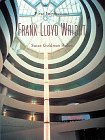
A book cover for Frank Lloyd Wright (First Impressions); Susan Goldman Rubin; Teen & Young Adult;